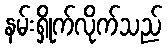
နမ်းရှိုက်လိုက်သည်